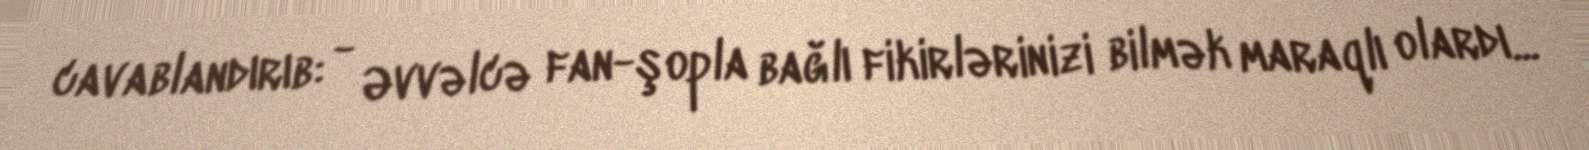
cavablandırıb: - Əvvəlcə fan-şopla bağlı fikirlərinizi bilmək maraqlı olardı...